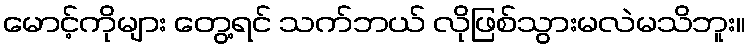
မောင့်ကိုများ တွေ့ရင် သက်ဘယ် လိုဖြစ်သွားမလဲမသိဘူး။